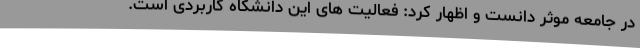
در جامعه موثر دانست و اظهار کرد: فعالیت های این دانشگاه کاربردی است.